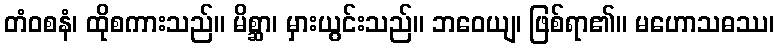
တံဝစနံ၊ ထိုစကားသည်။ မိစ္ဆာ၊ မှားယွင်းသည်။ ဘဝေယျ၊ ဖြစ်ရာ၏။ မဟောသဓဿ၊